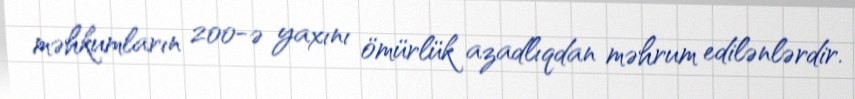
məhkumların 200-ə yaxını ömürlük azadlıqdan məhrum edilənlərdir.